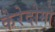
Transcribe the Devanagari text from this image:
केरेदोमो